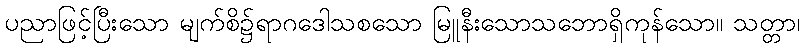
ပညာဖြင့်ပြီးသော မျက်စိ၌ရာဂဒေါသစသော မြူနီးသောသဘောရှိကုန်သော။ သတ္တာ၊